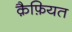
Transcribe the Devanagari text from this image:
क़ैफ़ियत